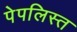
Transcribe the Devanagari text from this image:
पेपलिस्त